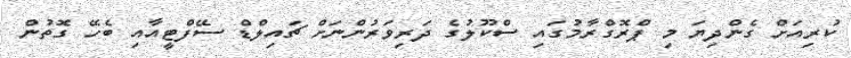
ކުރިއަށް ގެންދިޔަ މި ޕްރޮގްރާމުގައި ސްކޫލުގެ ދަރިވަރުންނަށް ޗައިލްޑް ސޭފްޓީއާއި ބެހޭ ގޮތުން